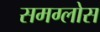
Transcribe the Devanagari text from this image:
समग्लोस